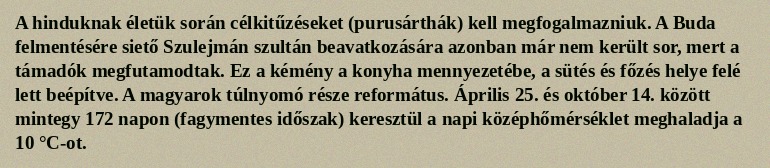
A hinduknak életük során célkitűzéseket (purusárthák) kell megfogalmazniuk. A Buda felmentésére siető Szulejmán szultán beavatkozására azonban már nem került sor, mert a támadók megfutamodtak. Ez a kémény a konyha mennyezetébe, a sütés és főzés helye felé lett beépítve. A magyarok túlnyomó része református. Április 25. és október 14. között mintegy 172 napon (fagymentes időszak) keresztül a napi középhőmérséklet meghaladja a 10 °C-ot.